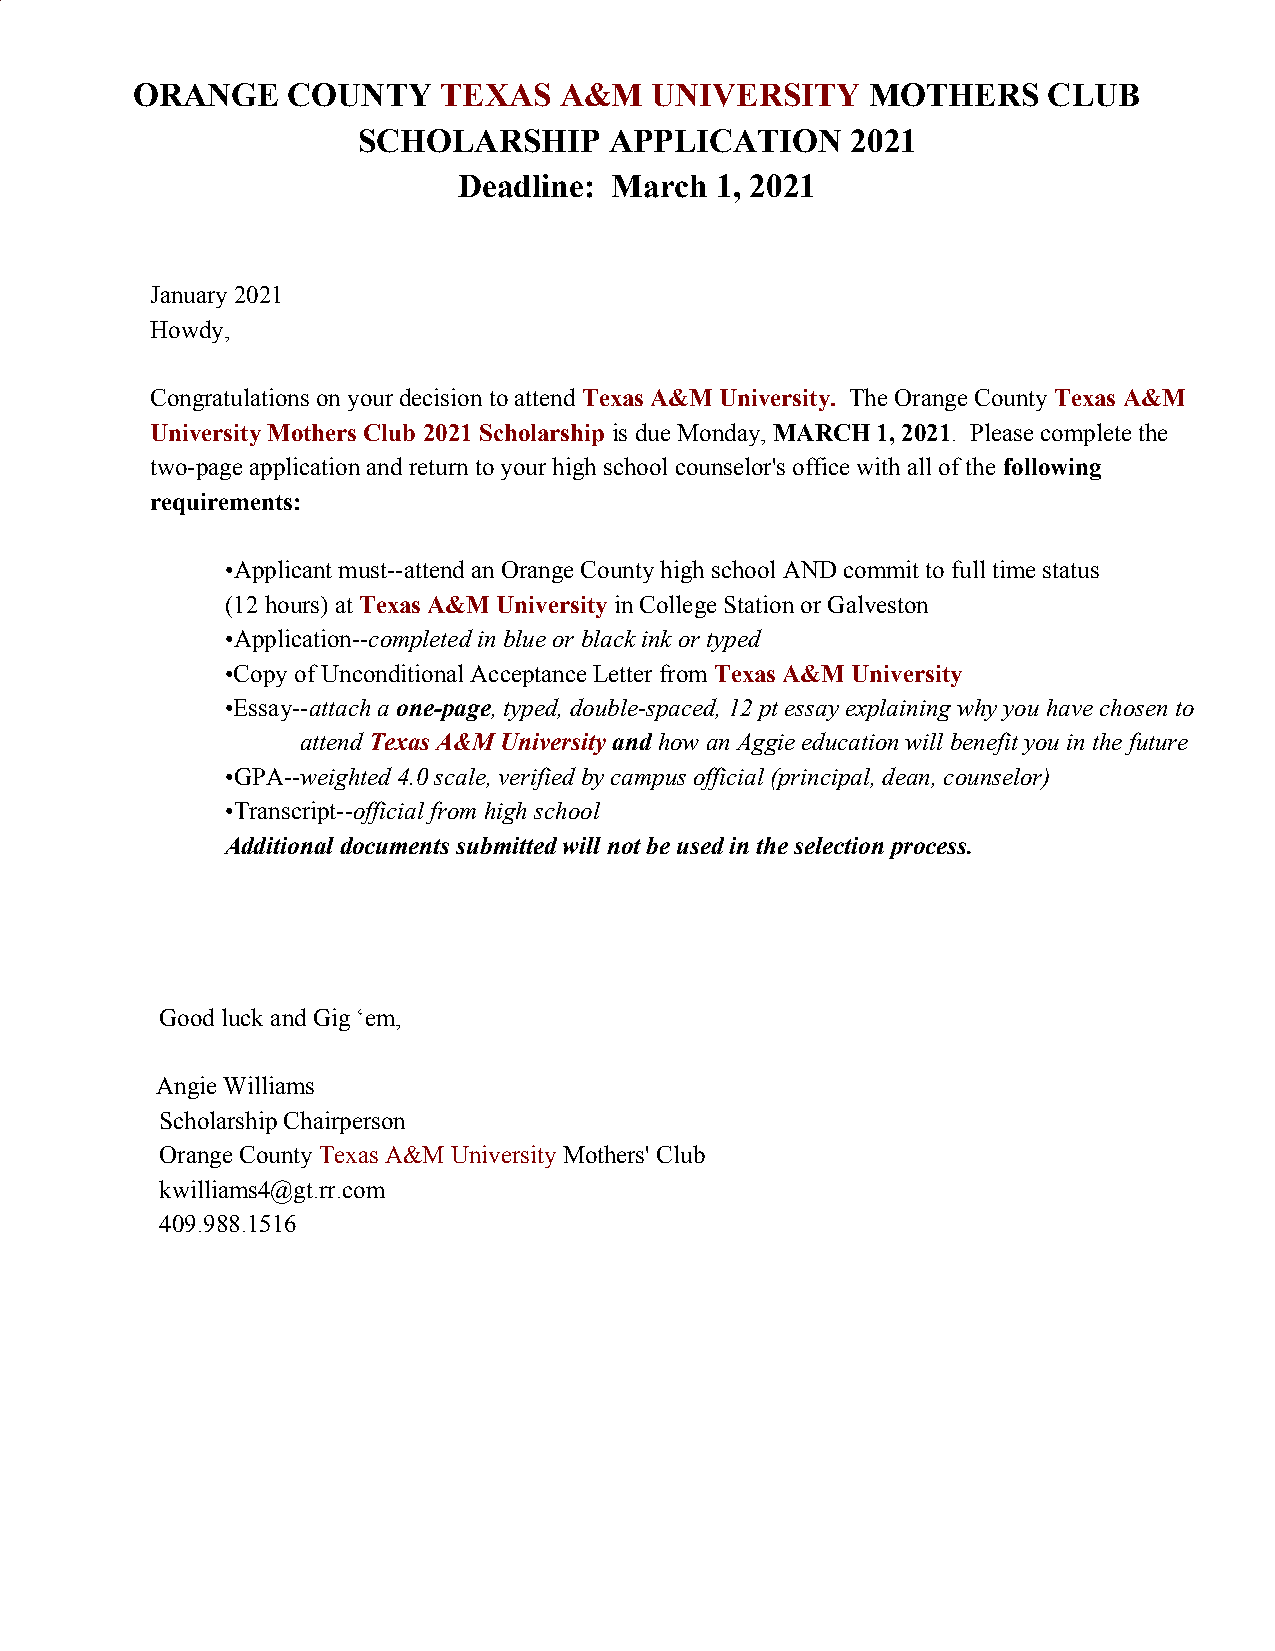
ORANGE    COUNTY    TEXAS   A&M   UNIVERSITY     MOTHERS    CLUB
 ​                           ​ ​
 SCHOLARSHIP     APPLICATION     2021
 Deadline: March  1, 2021
 January 2021
 Howdy,
 Congratulations on your decision to attend Texas A&M University. The Orange County Texas A&M
 ​                ​             ​
 University Mothers Club 2021 Scholarship is due Monday, MARCH 1, 2021. Please complete the
 ​         ​           ​
 two-page application and return to your high school counselor's office with all of the following
 ​
 requirements:
 •Applicant must--attend an Orange County high school AND commit to full time status
 (12 hours) at Texas A&M University in College Station or Galveston
 ​                ​
 •Application--completed in blue or black ink or typed
 ​
 •Copy of Unconditional Acceptance Letter from Texas A&M University
 ​
 •Essay--attach a one-page, typed, double-spaced, 12 pt essay explaining why you have chosen to
 ​     ​     ​
 attend Texas A&M University and how an Aggie education will benefit you in the future
 ​               ​​ ​​
 •GPA--weighted 4.0 scale, verified by campus official (principal, dean, counselor)
 ​
 •Transcript--official from high school
 ​
 Additional documents submitted will not be used in the selection process.
 Good luck and Gig ‘em,
 Angie Williams
 Scholarship Chairperson
 Orange County Texas A&M University Mothers' Club
 ​               ​
 kwilliams4@gt.rr.com
 409.988.1516